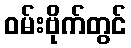
ဝမ်းဗိုက်တွင်